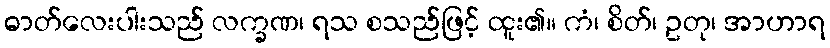
ဓာတ်လေးပါးသည် လက္ခဏ၊ ရသ စသည်ဖြင့် ထူး၏။ ကံ၊ စိတ်၊ ဥတု၊ အာဟာရ